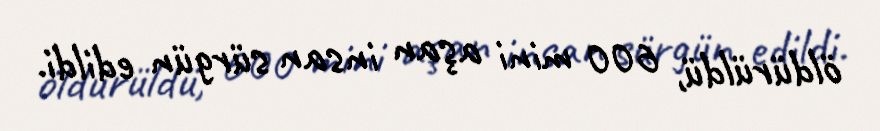
öldürüldü, 600 mini aşan insan sürgün edildi.